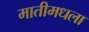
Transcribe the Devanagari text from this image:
मातीमधला